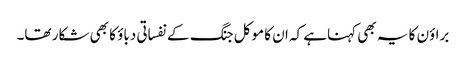
براؤن کا یہ بھی کہناہے کہ ان کا موکل جنگ کے نفساتی دباؤ کا بھی شکار تھا۔